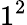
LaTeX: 1^{2}